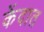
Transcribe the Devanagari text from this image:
केंदात